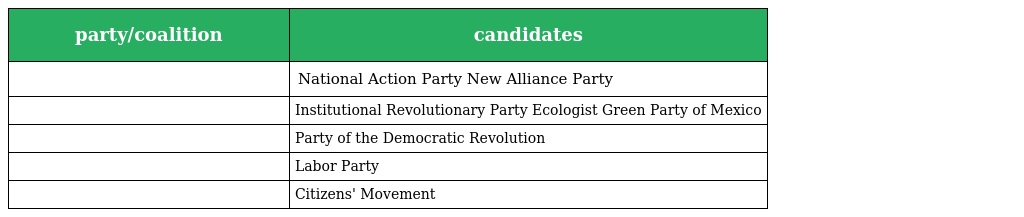
| party/coalition | candidates |
 | --- | --- |
 |  | National Action Party New Alliance Party |
 |  | Institutional Revolutionary Party Ecologist Green Party of Mexico |
 |  | Party of the Democratic Revolution |
 |  | Labor Party |
 |  | Citizens' Movement |